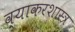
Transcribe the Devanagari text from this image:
व्याकरशास्त्र